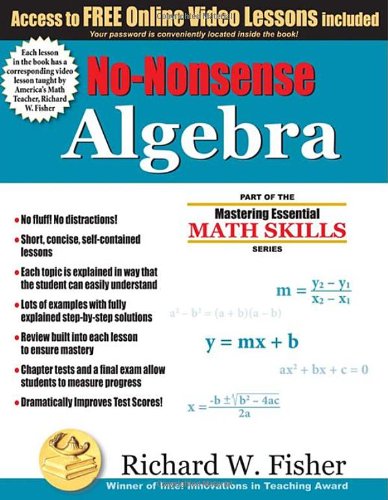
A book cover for No-Nonsense Algebra: Part of the Mastering Essential Math Skills Series; Richard W. Fisher; Education & Teaching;